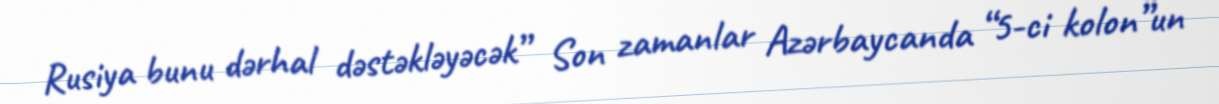
Rusiya bunu dərhal dəstəkləyəcək” Son zamanlar Azərbaycanda “5-ci kolon”un